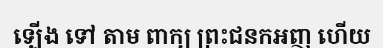
ឡើង ទៅ តាម ពាក្យ ព្រះជនកអញ ហើយ